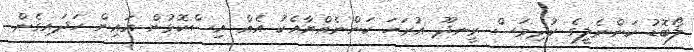
ލޯބޮޑު ކަންނެލީގެ ކުދިމަސް ރީނދޫ އުރަހަ ކަންނެއްޔާއެކު އެއް އިސްކޮޅުން އައިން ހަދައިގެން